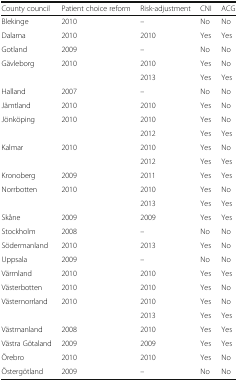
<table><thead><tr><td><b>County council</b></td><td><b>Patient choice reform</b></td><td><b>Risk-adjustment</b></td><td><b>CNI</b></td><td><b>ACG</b></td></tr></thead><tbody><tr><td>Blekinge</td><td>2010</td><td>–</td><td>No</td><td>No</td></tr><tr><td>Dalarna</td><td>2010</td><td>2010</td><td>Yes</td><td>Yes</td></tr><tr><td>Gotland</td><td>2009</td><td>–</td><td>No</td><td>No</td></tr><tr><td>Gävleborg</td><td>2010</td><td>2010</td><td>Yes</td><td>No</td></tr><tr><td></td><td></td><td>2013</td><td>Yes</td><td>Yes</td></tr><tr><td>Halland</td><td>2007</td><td>–</td><td>No</td><td>No</td></tr><tr><td>Jämtland</td><td>2010</td><td>2010</td><td>Yes</td><td>No</td></tr><tr><td>Jönköping</td><td>2010</td><td>2010</td><td>Yes</td><td>No</td></tr><tr><td></td><td></td><td>2012</td><td>Yes</td><td>Yes</td></tr><tr><td>Kalmar</td><td>2010</td><td>2010</td><td>Yes</td><td>No</td></tr><tr><td></td><td></td><td>2012</td><td>Yes</td><td>Yes</td></tr><tr><td>Kronoberg</td><td>2009</td><td>2011</td><td>Yes</td><td>Yes</td></tr><tr><td>Norrbotten</td><td>2010</td><td>2010</td><td>Yes</td><td>No</td></tr><tr><td></td><td></td><td>2013</td><td>Yes</td><td>Yes</td></tr><tr><td>Skåne</td><td>2009</td><td>2009</td><td>Yes</td><td>Yes</td></tr><tr><td>Stockholm</td><td>2008</td><td>–</td><td>No</td><td>No</td></tr><tr><td>Södermanland</td><td>2010</td><td>2013</td><td>Yes</td><td>No</td></tr><tr><td>Uppsala</td><td>2009</td><td>–</td><td>No</td><td>No</td></tr><tr><td>Värmland</td><td>2010</td><td>2010</td><td>Yes</td><td>Yes</td></tr><tr><td>Västerbotten</td><td>2010</td><td>2010</td><td>Yes</td><td>No</td></tr><tr><td>Västernorrland</td><td>2010</td><td>2010</td><td>Yes</td><td>No</td></tr><tr><td></td><td></td><td>2013</td><td>Yes</td><td>Yes</td></tr><tr><td>Västmanland</td><td>2008</td><td>2010</td><td>Yes</td><td>Yes</td></tr><tr><td>Västra Götaland</td><td>2009</td><td>2009</td><td>Yes</td><td>Yes</td></tr><tr><td>Örebro</td><td>2010</td><td>2010</td><td>Yes</td><td>No</td></tr><tr><td>Östergötland</td><td>2009</td><td>–</td><td>No</td><td>No</td></tr></tbody></table>